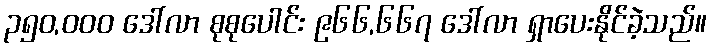
၃၅၀,၀၀၀ ဒေါ်လာ စုစုပေါင်း ၉၆၆,၆၆၇ ဒေါ်လာ ရှာပေးနိုင်ခဲ့သည်။